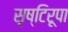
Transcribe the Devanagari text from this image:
सृष्टिरूपा